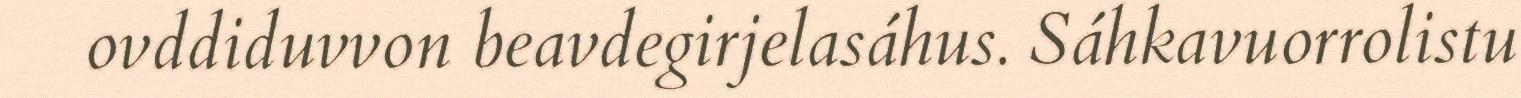
ovddiduvvon beavdegirjelasáhus. Sáhkavuorrolistu